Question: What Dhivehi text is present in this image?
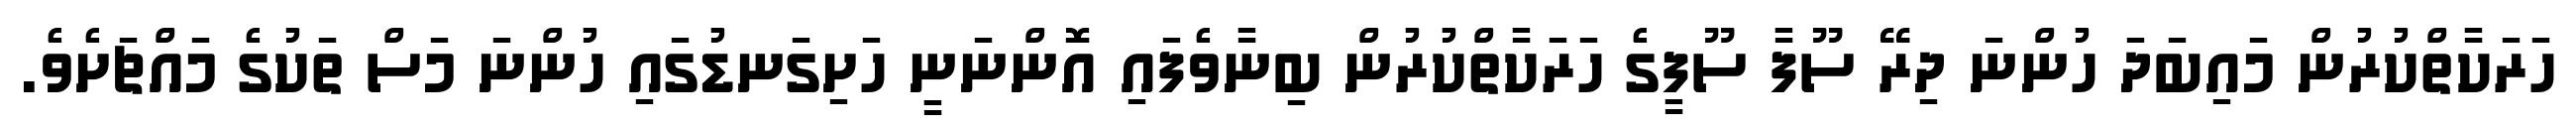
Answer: ހަރަކާތްކުރުން މައިބަދަ ހުންނަ ދިރޭ ސޫފާ ސޫފީގެ ހަރަކާތްކުރުން ބިނާވެފައި އޮންނަނީ ހަށިގަނޑުގައި ހުންނަ މަސް ތަކުގެ މައްޗަށެވެ.